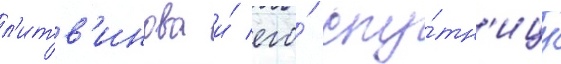
л'итв'инова и́ его́ спу́тн'ицу